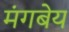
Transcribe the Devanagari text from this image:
मंगबेय